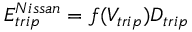
E _ { t r i p } ^ { N i s s a n } = f ( V _ { t r i p } ) D _ { t r i p }